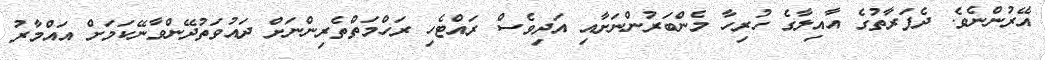
އޭރުންނެވެ. ދެފަރާތުގެ އާއިލާގެ ހުރިހާ މެންބަރުންނަށާއި އަދިވެސް ރައްޓެހި ރަހްމަތްތެރިންނަށް ދައުވަތުދޭންވާނޭކަމަށް އައްމާރު